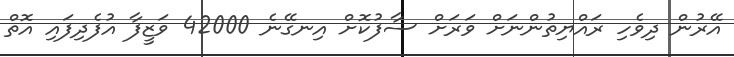
އޭރުން ދިވެހި ރައްޔިތުންނަށް ވަރަށް ސާފުކޮށް އިނގޭނެ 42000 ވަޒީފާ އުފެދިފައި އޮތް